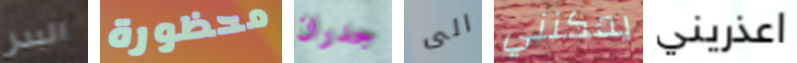
البدر محظورة جدران الى يمكنني اعذريني